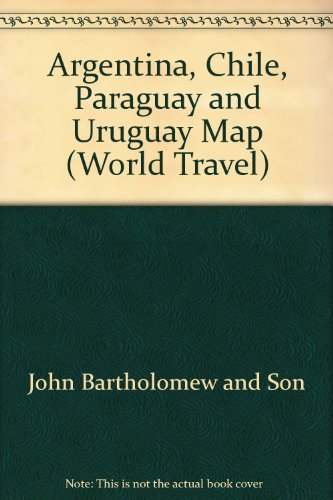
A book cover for Argentina, Chile, Paraguay and Uruguay Map (World Travel); John Bartholomew and Son; Travel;